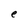
Character: e